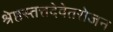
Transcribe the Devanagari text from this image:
श्रेष्ठस्तत्तदेवेतरोजन